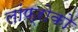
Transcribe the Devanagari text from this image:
लांफ्रोको